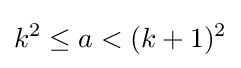
k^{2}\leq a<(k+1)^{2}